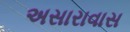
અસારાવાસ